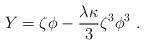
LaTeX: \begin{align*}Y=\zeta\phi-{\lambda\kappa\over 3}\zeta^3\phi^3~.\end{align*}